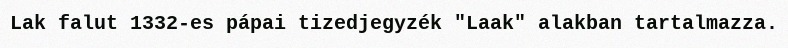
Lak falut 1332-es pápai tizedjegyzék "Laak" alakban tartalmazza.